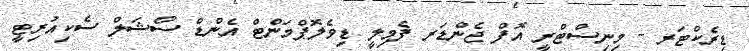
ޑިރެކްޓަރ - މިނިސްޓްރީ އޮފް ޖެންޑަރ ފެމިލީ ޑިވެލޮޕްމަންޓް އެންޑް ސޯޝަލް ސެކިއުރިޓީ